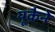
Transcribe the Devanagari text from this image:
यूकैने